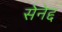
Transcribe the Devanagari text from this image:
सेनेद्द